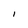
Character: I